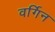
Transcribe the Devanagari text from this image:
वर्गिन